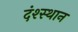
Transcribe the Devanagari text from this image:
दंश्स्थान